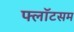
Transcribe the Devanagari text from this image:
फ्लॉटसम